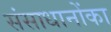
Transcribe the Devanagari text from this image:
संसाधानोंका